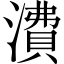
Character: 㵒